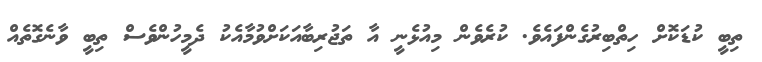
ތިބީ ކުޑަކޮށް ހިތްބިރުގެންފައެވެ. ކުރެވެން މިއުޅެނީ އާ ތަޖުރިބާއަކަށްވުމާއެކު ދެމީހުންވެސް ތިބީ ވާނެގޮތެއް